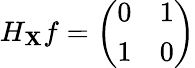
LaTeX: H_{\mathbf{X}}f={\left(\begin{array}{ll}{0}&{1}\\ {1}&{0}\end{array}\right)}